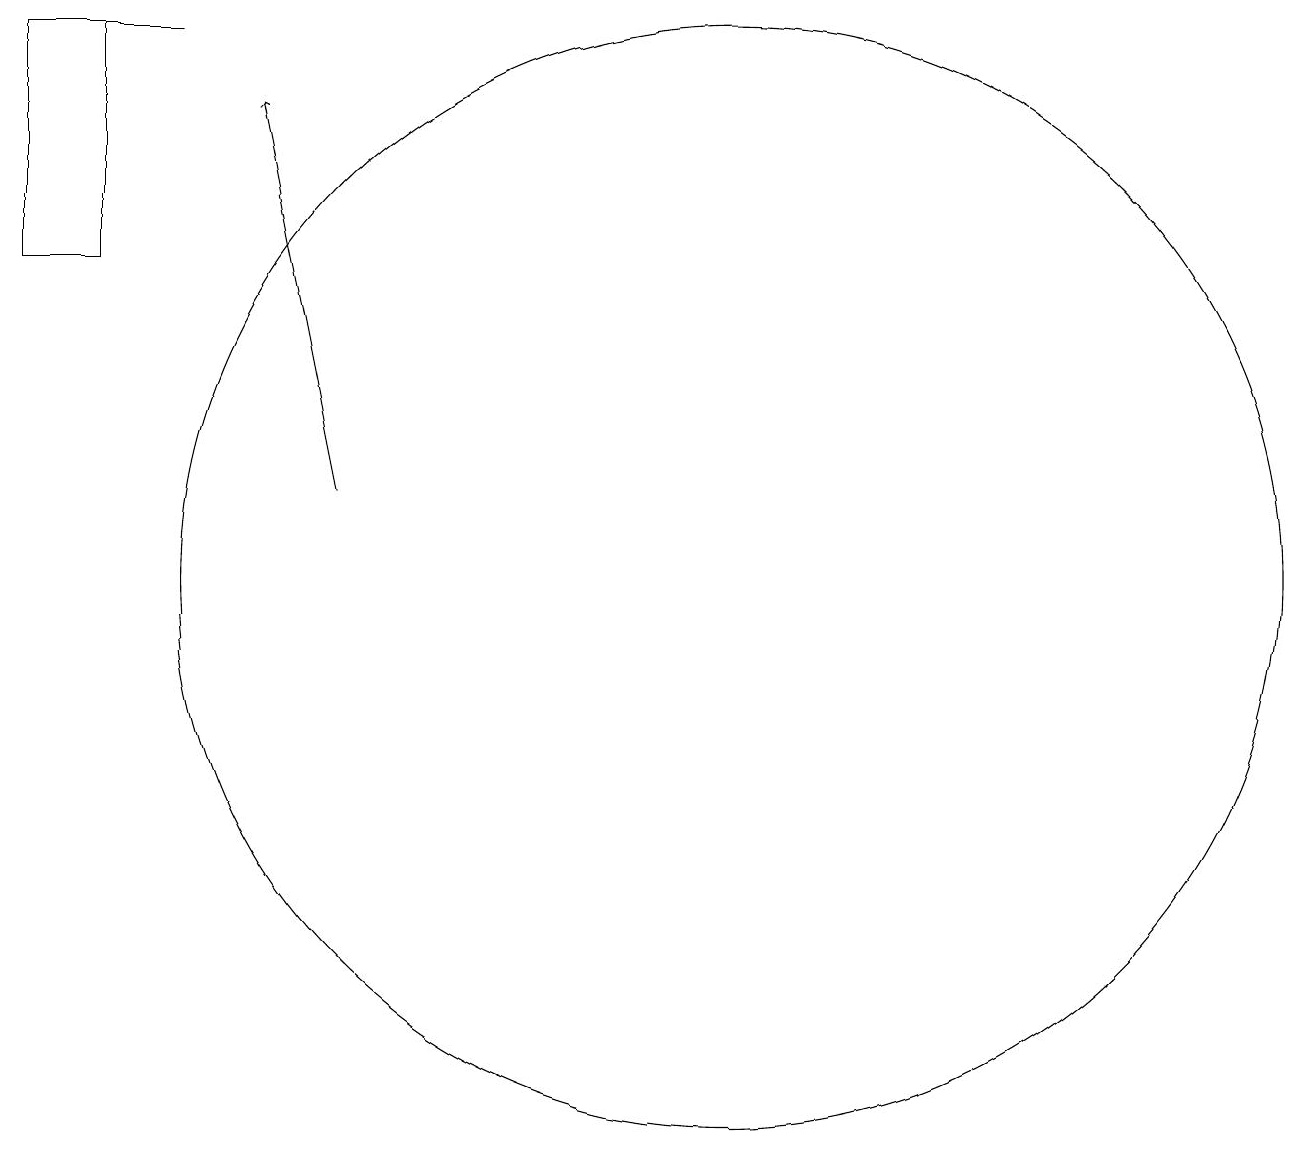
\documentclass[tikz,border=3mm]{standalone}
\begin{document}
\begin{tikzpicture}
\draw (12,11) circle (7);
\draw (4,18) rectangle (3,15);
\draw[->] (7,12) -- (6,17);
\draw (3,18) rectangle (5,18);
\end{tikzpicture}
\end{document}